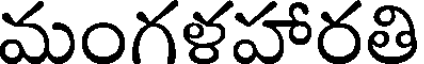
మంగళహారతి